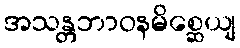
အသန္တဘာဝနမိစ္ဆေယျ